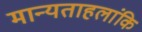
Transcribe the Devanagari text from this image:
मान्यताहलांकि